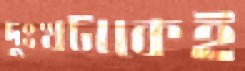
দুঃখটাকেই